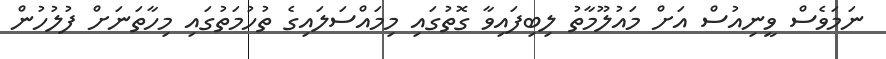
ނަމަވެސް ވީނިއުސް އަށް މައުލޫމާތު ލިބިފައިވާ ގޮތުގައި މިމައްސަލައިގެ ތުހުމަތުގައި މިިހާތަނަށް ފުލުހުން